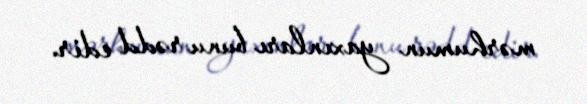
mərhumun yaxınları bunu rədd edir.